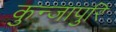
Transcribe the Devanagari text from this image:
कुन्जापुरि